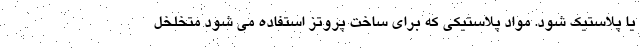
یا پلاستیک شود. مواد پلاستیکی که برای ساخت پروتز استفاده می شود متخلخل